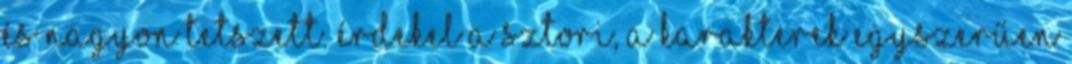
és nagyon tetszett. Érdekel a sztori, a karakterek egyszerűen